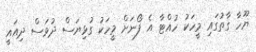
ޔޫހާ ގާތުގައި މީހަކު ހުއްޓާ އެ ފޯނަށް މީހަކު ގުޅިޔަސް ދުވަސް ދިއައީ